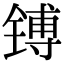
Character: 镈